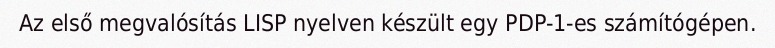
Az első megvalósítás LISP nyelven készült egy PDP-1-es számítógépen.